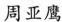
周亚鹰